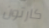
كارتون